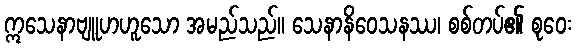
ဣသေနာဗျူဟဟူသော အမည်သည်။ သေနာနိဝေသနဿ၊ စစ်တပ်၏ စုဝေး